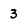
Character: 3